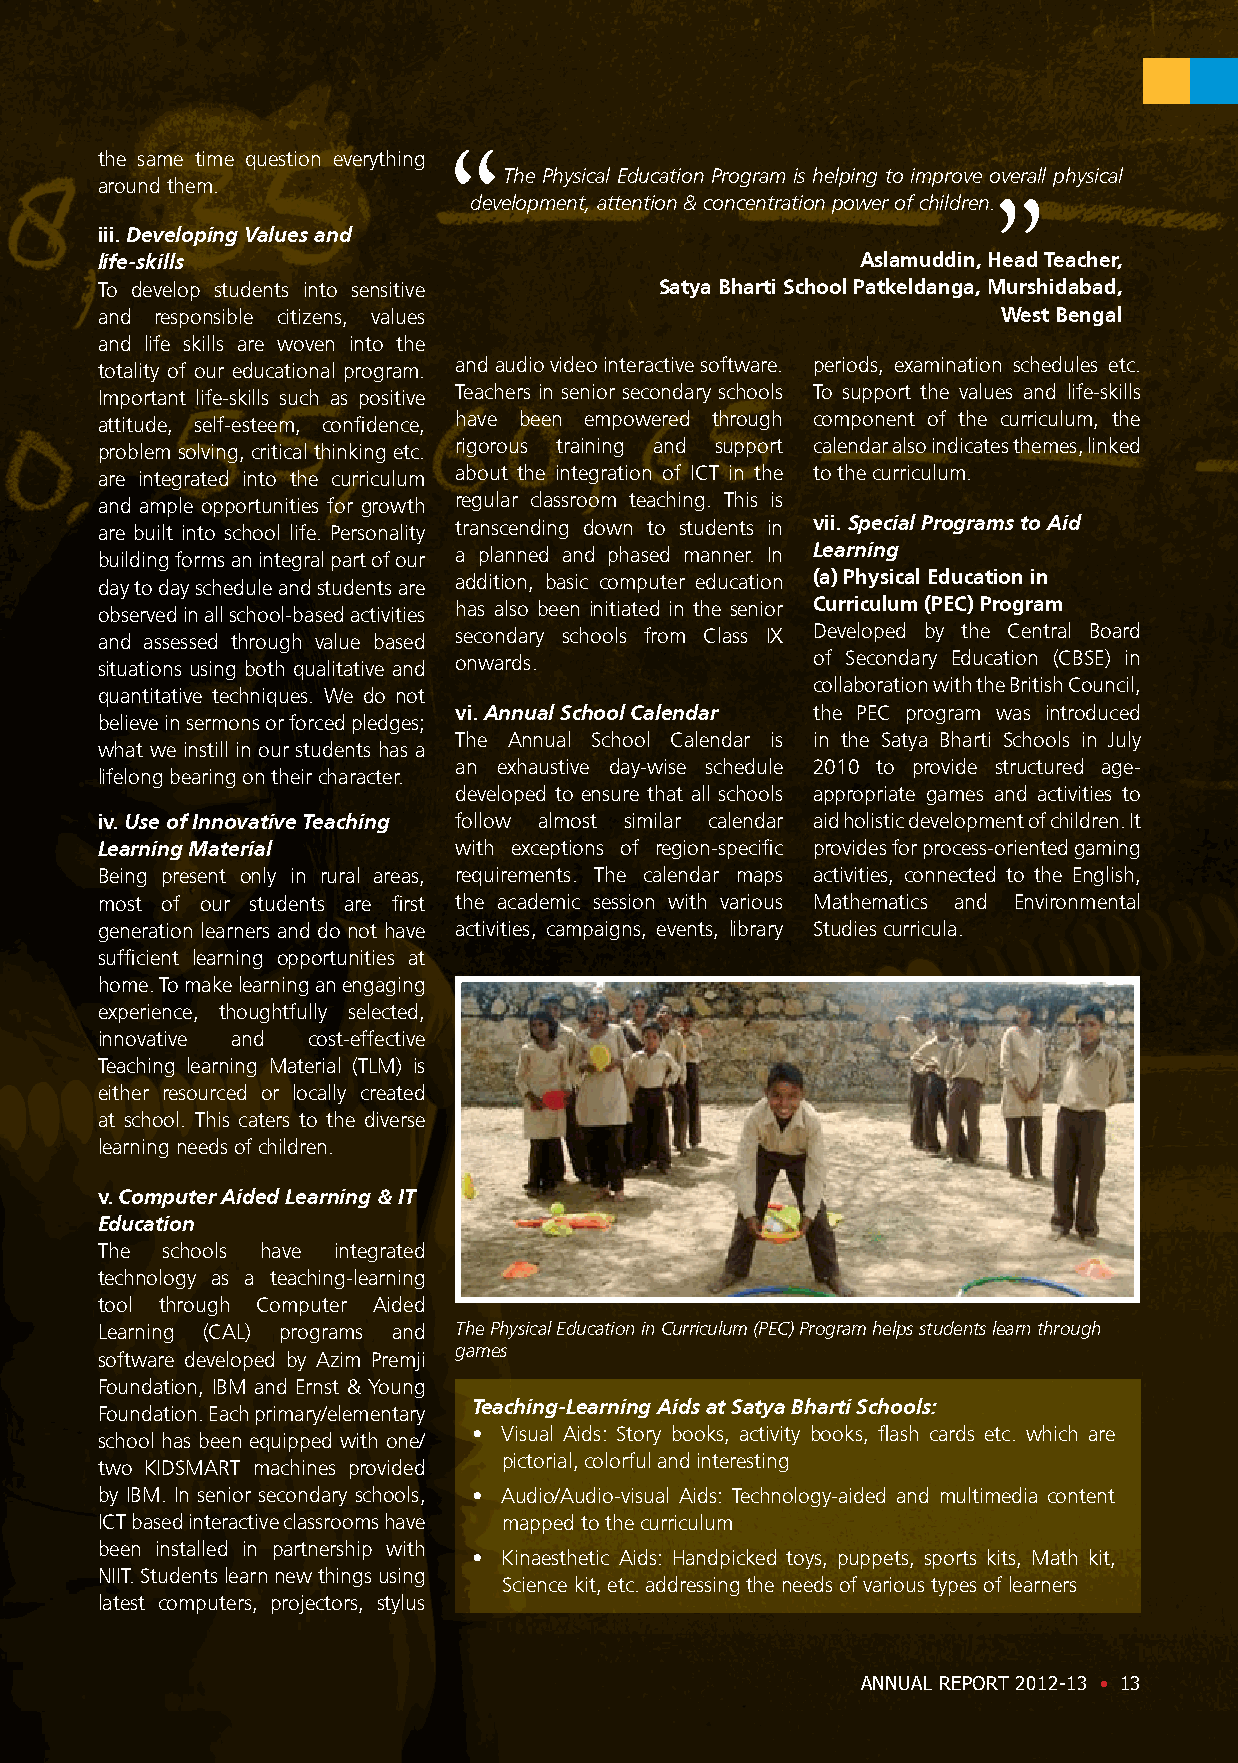
the same time question everything
 The Physical Education Program is helping to improve overall physical
 around them.
 development, attention & concentration power of children.
 iii. Developing Values and
 life-skills                                        Aslamuddin, Head Teacher,
 To develop students into sensitive    Satya Bharti School Patkeldanga, Murshidabad,
 and responsible citizens, values                            West Bengal
 and life skills are woven into the
 totality of our educational program. and audio video interactive software. periods, examination schedules etc.
 Important life-skills such as positive Teachers in senior secondary schools To support the values and life-skills
 attitude, self-esteem, confidence, have been empowered through component of the curriculum, the
 problem solving, critical thinking etc. rigorous training and support calendar also indicates themes, linked
 are integrated into the curriculum about the integration of ICT in the to the curriculum.
 and ample opportunities for growth regular classroom teaching. This is
 are built into school life. Personality transcending down to students in vii. Special Programs to Aid
 building forms an integral part of our a planned and phased manner. In Learning
 day to day schedule and students are addition, basic computer education (a) Physical Education in
 observed in all school-based activities has also been initiated in the senior Curriculum (PEC) Program
 and assessed through value based secondary schools from Class IX Developed by the Central Board
 situations using both qualitative and onwards.  of Secondary Education (CBSE) in
 collaboration with the British Council,
 quantitative techniques. We do not
 vi. Annual School Calendar the PEC program was introduced
 believe in sermons or forced pledges;
 The Annual School Calendar is in the Satya Bharti Schools in July
 what we instill in our students has a
 an exhaustive day-wise schedule 2010 to provide structured age-
 lifelong bearing on their character.
 developed to ensure that all schools appropriate games and activities to
 iv. Use of Innovative Teaching follow almost similar calendar aid holistic development of children. It
 Learning Material       with exceptions of region-specific provides for process-oriented gaming
 Being present only in rural areas, requirements. The calendar maps activities, connected to the English,
 most of our students are first the academic session with various Mathematics and Environmental
 generation learners and do not have activities, campaigns, events, library Studies curricula.
 sufficient learning opportunities at
 home. To make learning an engaging
 experience, thoughtfully selected,
 innovative and cost-effective
 Teaching learning Material (TLM) is
 either resourced or locally created
 at school. This caters to the diverse
 learning needs of children.
 v. Computer Aided Learning & IT
 Education
 The  schools have integrated
 technology as a teaching-learning
 tool through Computer Aided
 Learning (CAL) programs and The Physical Education in Curriculum (PEC) Program helps students learn through
 games
 software developed by Azim Premji
 Foundation, IBM and Ernst & Young
 Foundation. Each primary/elementary Teaching-Learning Aids at Satya Bharti Schools:
 • Visual Aids: Story books, activity books, flash cards etc. which are
 school has been equipped with one/
 pictorial, colorful and interesting
 two KIDSMART machines provided
 by IBM. In senior secondary schools, • Audio/Audio-visual Aids: Technology-aided and multimedia content
 ICT based interactive classrooms have mapped to the curriculum
 been installed in partnership with
 • Kinaesthetic Aids: Handpicked toys, puppets, sports kits, Math kit,
 NIIT. Students learn new things using
 Science kit, etc. addressing the needs of various types of learners
 latest computers, projectors, stylus
 ANNUAL REPORT 2012-13 • 13